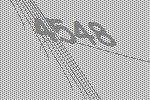
4548